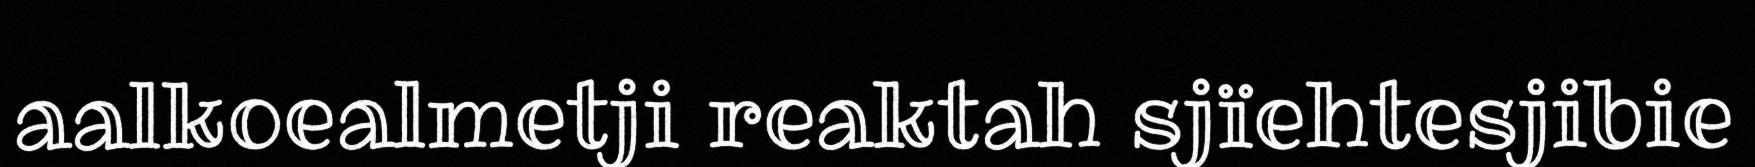
aalkoealmetji reaktah sjïehtesjibie